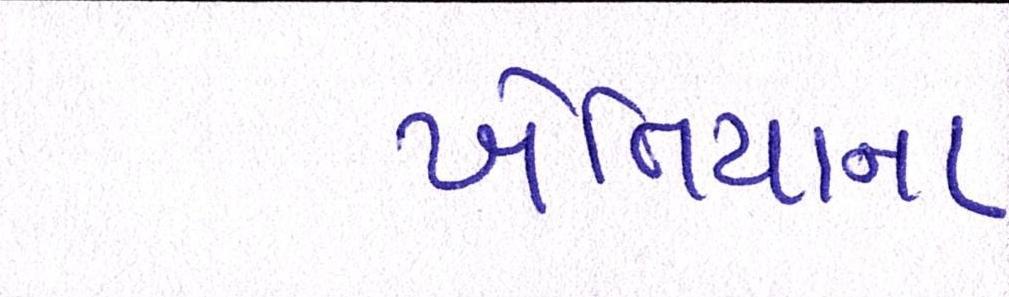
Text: ખેતિયાના